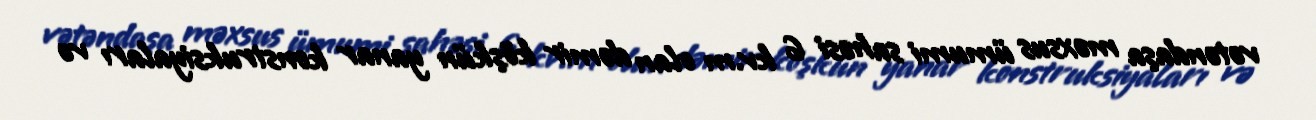
vətəndaşa məxsus ümumi sahəsi 6 kv.m olan dəmir köşkün yanar konstruksiyaları və